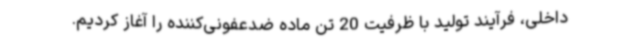
داخلی، فرآیند تولید با ظرفیت 20 تن ماده ضدعفونی‌کننده را آغاز کردیم.